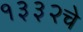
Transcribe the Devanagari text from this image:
१३३२चे